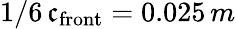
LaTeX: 1/6\, \mathfrak{c}_{\mathrm{{front}}}=0.025\, m